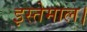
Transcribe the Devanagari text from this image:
इस्तेमाल।